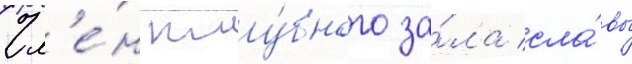
Чл'е́н клу́бного за́ла сла́вы